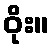
ဝိုး။